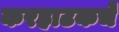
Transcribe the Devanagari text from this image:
करहाटकचे